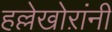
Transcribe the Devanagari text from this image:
हल्लेखोऱांनी